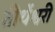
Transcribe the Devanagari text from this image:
तीर्थेश्वरी